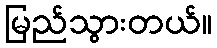
မြည်သွားတယ်။